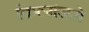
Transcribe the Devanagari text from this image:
किल्मंजरो